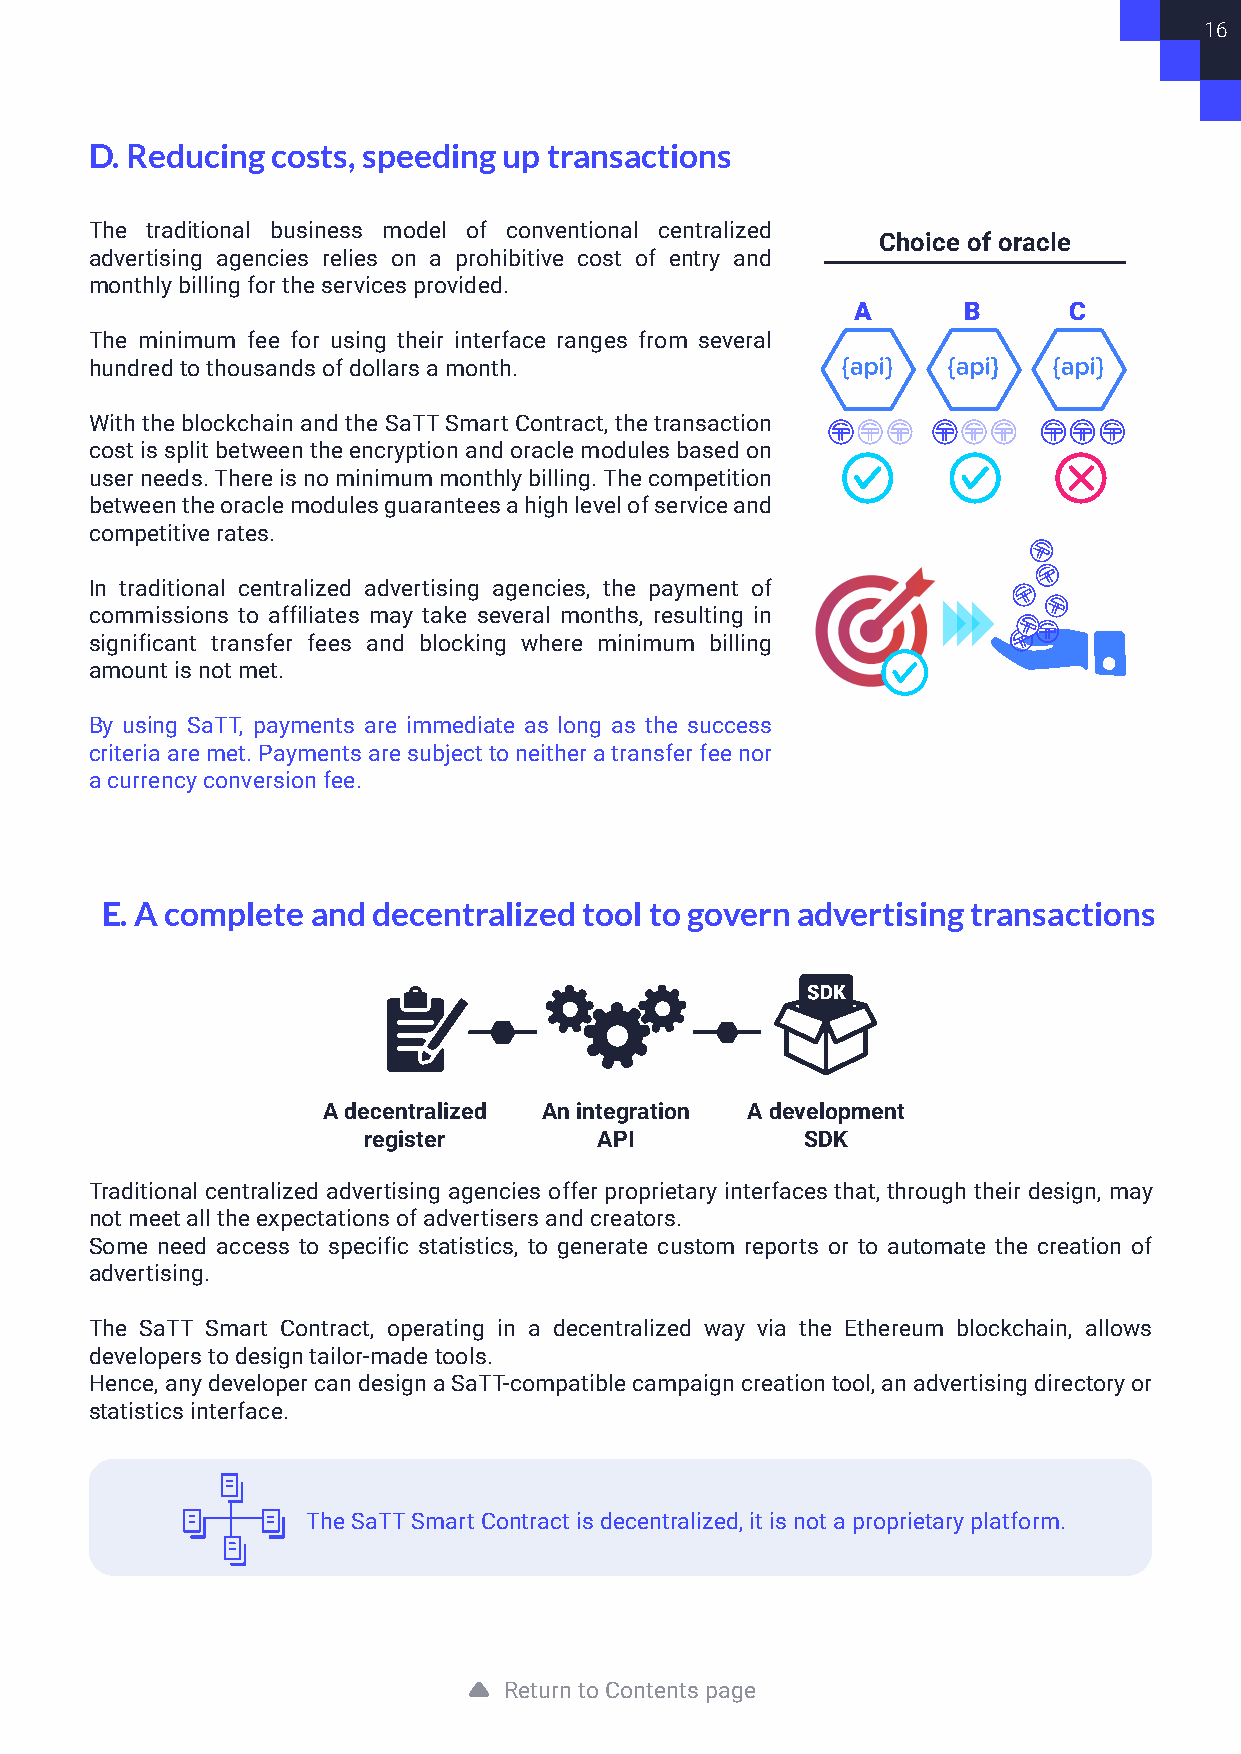
16
 D. Reducing costs, speeding up transactions
 The traditional business model of conventional centralized
 Choice of oracle
 advertising agencies relies on a prohibitive cost of entry and
 monthly billing for the services provided.
 A       B      C
 The minimum fee for using their interface ranges from several
 hundred to thousands of dollars a month.
 With the blockchain and the SaTT Smart Contract, the transaction
 cost is split between the encryption and oracle modules based on
 user needs. There is no minimum monthly billing. The competition
 between the oracle modules guarantees a high level of service and
 competitive rates.
 In traditional centralized advertising agencies, the payment of
 commissions to affiliates may take several months, resulting in
 significant transfer fees and blocking where minimum billing
 amount is not met.
 By using SaTT, payments are immediate as long as the success
 criteria are met. Payments are subject to neither a transfer fee nor
 a currency conversion fee.
 E. A complete and decentralized tool to govern advertising transactions
 A decentralized An integration A development
 register        API          SDK
 Traditional centralized advertising agencies offer proprietary interfaces that, through their design, may
 not meet all the expectations of advertisers and creators.
 Some need access to specific statistics, to generate custom reports or to automate the creation of
 advertising.
 The SaTT Smart Contract, operating in a decentralized way via the Ethereum blockchain, allows
 developers to design tailor-made tools.
 Hence, any developer can design a SaTT-compatible campaign creation tool, an advertising directory or
 statistics interface.
 The SaTT Smart Contract is decentralized, it is not a proprietary platform.
 Return to Contents page